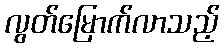
လွတ်မြောက်လာသည့်